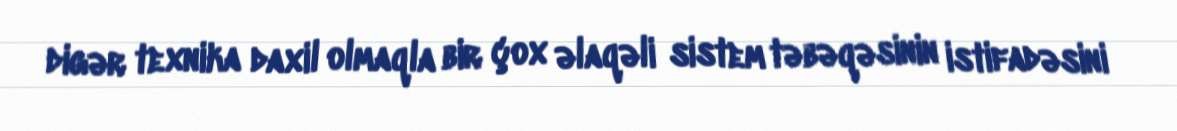
digər texnika daxil olmaqla bir çox əlaqəli sistem təbəqəsinin istifadəsini